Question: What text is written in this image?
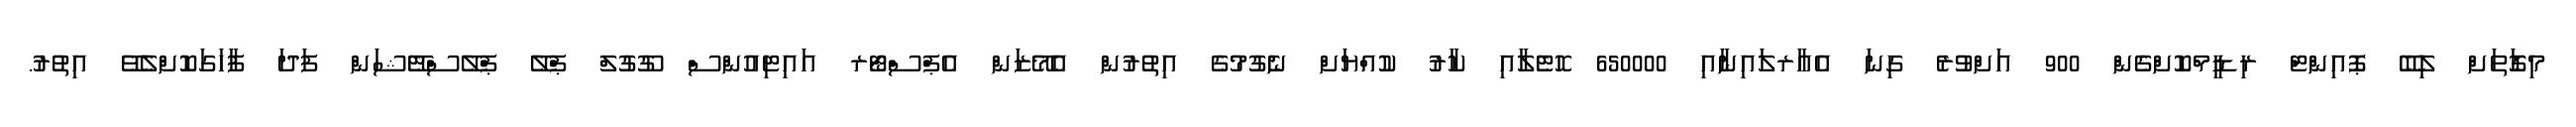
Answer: މިގޮަތަށް ލިބޭ ޕޮއިންޓް ރިޑީމްކޮށްގެން 900 އަށްވުރެ ގިނަ އެއާރލައިނާއި 650000 ހޮޓެލާއި ކާރު ކުއްޔަށް ނެގުމުގެ އިތުރުން އެމޭޒަން އެޕްސްޓޯރ އައިޓިއުންސް ގޫގުލް ޕްލޭ ޕްލޭސްޓޭޝަން ފަދަ ފާހަގަކޮށްލެވޭ އިތުރު.